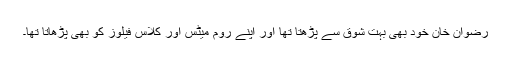
رضوان خان خود بھی بہت شوق سے پڑھتا تھا اور اپنے روم میٹس اور کلاس فیلوز کو بھی پڑھاتا تھا۔